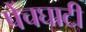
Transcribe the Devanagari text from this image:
पेंचघाटी